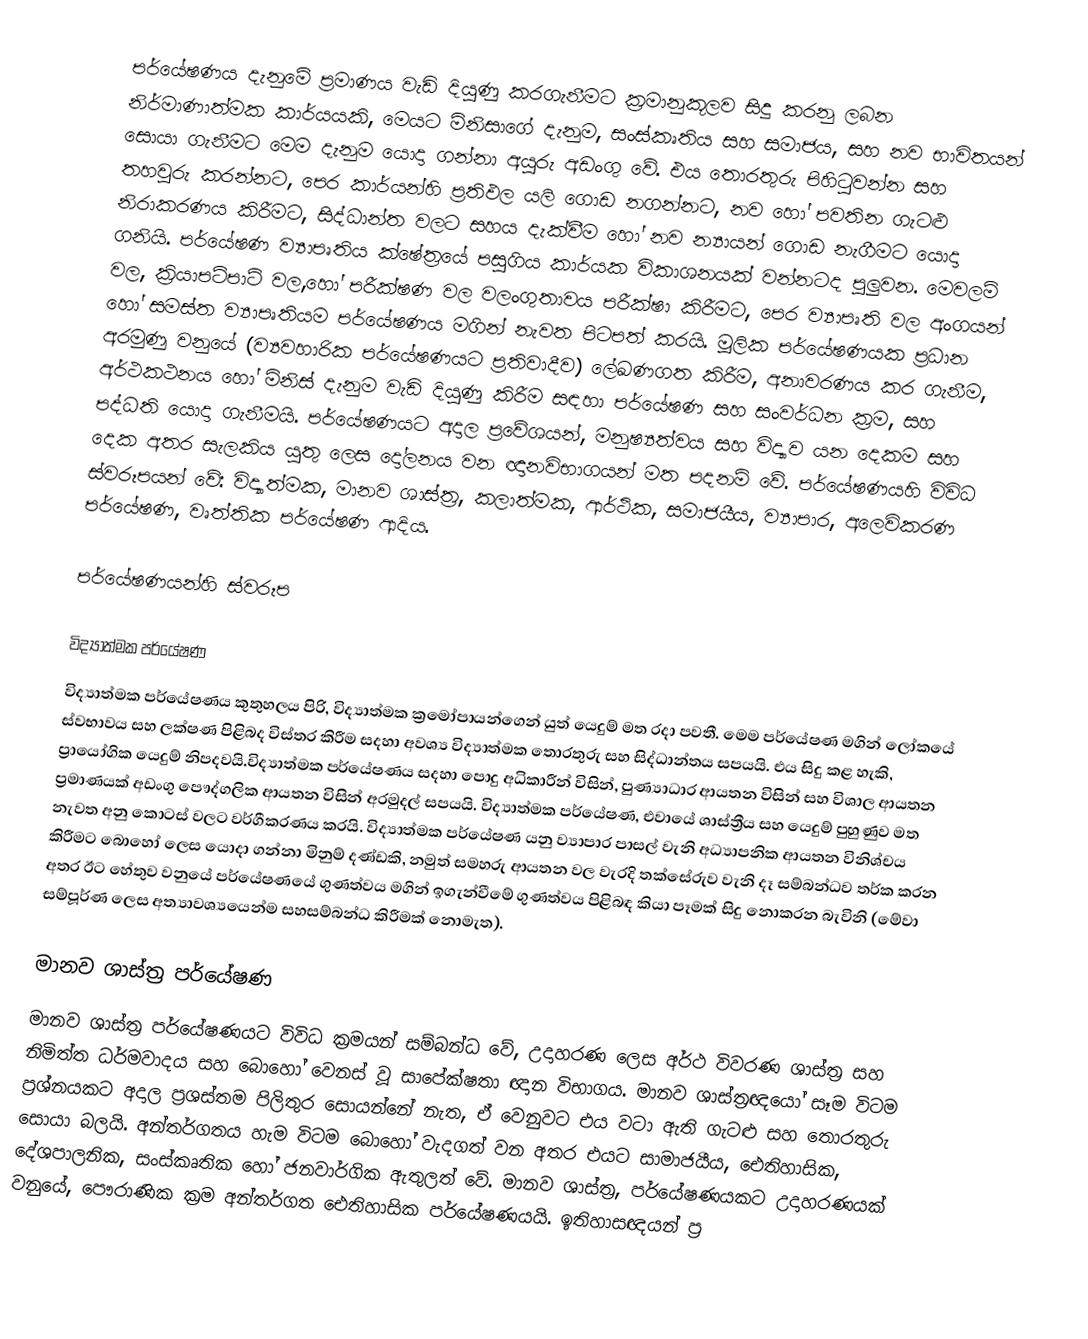
පර්යේෂණය දැනුමේ ප්‍රමාණය වැඩි දියුණු කරගැනීමට ක්‍රමානුකූලව සිදු කරනු ලබන නිර්මාණාත්මක කාර්යයකි, මෙයට මිනිසාගේ දැනුම, සංස්කෘතිය සහ සමාජය, සහ නව භාවිතයන් සොයා ගැනීමට මෙම දැනුම යොදා ගන්නා අයුරු අඩංගු වේ. එය තොරතුරු පිහිටුවන්න සහ තහවුරු කරන්නට, පෙර කාර්යන්හි ප්‍රතිඵල යලි ගොඩ නගන්නට, නව හෝ පවතින ගැටළු නිරාකරණය කිරීමට, සිද්ධාන්ත වලට සහය දැක්වීම හෝ නව න්‍යායන් ගොඩ නැගීමට යොදා ගනියි. පර්යේෂණ ව්‍යාපෘතිය ක්ෂේත්‍රයේ පසුගිය කාර්යක විකාශනයක් වන්නටද පුලුවන. මෙවලම් වල, ක්‍රියාපටිපාටි වල,හෝ පරීක්ෂණ වල වලංගුතාවය පරීක්ෂා කිරීමට, පෙර ව්‍යාපෘති වල අංගයන් හෝ සමස්ත ව්‍යාපෘතියම පර්යේෂණය මගින් නැවත පිටපත් කරයි. මූලික පර්යේෂණයක ප්‍රධාන අරමුණු වනුයේ (ව්‍යවහාරික පර්යේෂණයට ප්‍රතිවාදීව) ලේඛණගත කිරීම, අනාවරණය කර ගැනීම, අර්ථකථනය හෝ මිනිස් දැනුම වැඩි දියුණු කිරීම සඳහා පර්යේෂණ සහ සංවර්ධන ක්‍රම, සහ පද්ධති  යොදා ගැනීමයි. පර්යේෂණයට අදාල ප්‍රවේශයන්, මනුෂ්‍යත්වය සහ විද්‍යාව යන දෙකම සහ දෙක අතර සැලකිය යුතු ලෙස දෝලනය වන ඥානවිභාගයන් මත පදනම් වේ. පර්යේෂණයහි විවිධ ස්වරූපයන් වේ: විද්‍යාත්මක, මානව ශාස්ත්‍ර, කලාත්මක, ආර්ථික, සමාජයීය, ව්‍යාපාර, අලෙවිකරණ පර්යේෂණ, වෘත්තික පර්යේෂණ ආදිය.

පර්යේෂණයන්හි ස්වරූප

විද්‍යාත්මක පර්යේෂණ
විද්‍යාත්මක පර්යේෂණය කුතුහලය පිරි, විද්‍යාත්මක ක්‍රමෝපායන්ගෙන් යුත් යෙදුම් මත රදා පවතී. මෙම පර්යේෂණ මගින් ලෝකයේ ස්වභාවය සහ ලක්ෂණ පිළිබද විස්තර කිරීම සදහා අවශ්‍ය විද්‍යාත්මක තොරතුරු සහ සිද්ධාන්තය සපයයි. එය සිදු කළ හැකි, ප්‍රායෝගික යෙදුම් නිපදවයි.විද්‍යාත්මක පර්යේෂණය සදහා පොදු අධිකාරීන් විසින්, පුණ්‍යාධාර ආයතන විසින් සහ විශාල ආයතන ප්‍රමාණයක් අඩංගු පෞද්ගලික ආයතන විසින් අරමුදල් සපයයි. විද්‍යාත්මක පර්යේෂණ, එවායේ ශාස්ත්‍රීය සහ යෙදුම් පුහුණුව මත නැවත අනු කොටස් වලට වර්ගීකරණය කරයි. විද්‍යාත්මක පර්යේෂණ යනු ව්‍යාපාර පාසල් වැනි අධ්‍යාපනික ආයතන විනිශ්චය කිරීමට බොහෝ ලෙස යොදා ගන්නා මිනුම් දණ්ඩකි, නමුත් සමහරු ආයතන වල වැරදි තක්සේරුව වැනි දෑ සම්බන්ධව තර්ක කරන අතර ඊට හේතුව වනුයේ පර්යේෂණයේ ගුණත්වය මගින් ඉගැන්වීමේ ගුණත්වය පිළිබඳ කියා පෑමක් සිදු නොකරන බැවිනි (මේවා සම්පූර්ණ ලෙස අත්‍යාවශ්‍යයෙන්ම සහසම්බන්ධ කිරීමක් නොමැත).

මානව ශාස්ත්‍ර  පර්යේෂණ
මානව ශාස්ත්‍ර  පර්යේෂණයට විවිධ ක්‍රමයන් සම්බන්ධ වේ, උදාහරණ ලෙස අර්ථ විවරණ ශාස්ත්‍ර සහ නිමිත්ත ධර්මවාදය සහ බොහෝ වෙනස් වූ සාපේක්ෂතා ඥාන විභාගය. මානව ශාස්ත්‍රඥයෝ සෑම විටම ප්‍රශ්නයකට අදාල ප්‍රශස්තම පිලිතුර සොයන්නේ නැත, ඒ වෙනුවට එය වටා ඇති ගැටළු සහ තොරතුරු සොයා බලයි. අන්තර්ගතය හැම විටම බොහෝ වැදගත් වන අතර එයට සාමාජයීය, ඓතිහාසික, දේශපාලනික, සංස්කෘතික හෝ ජනවාර්ගික ඇතුලත් වේ. මානව ශාස්ත්‍ර, පර්යේෂණයකට උදාහරණයක් වනුයේ, පෞරාණික ක්‍රම අන්තර්ගත ඓතිහාසික පර්යේෂණයයි. ඉතිහාසඥයන් ප්‍ර